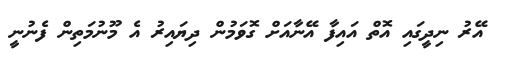
އޭރު ނިދީގައި އޮތް އައިފާ އޭނާއަށް ގޮވަމުން ދިޔައިރު އެ މޫނުމަތިން ފެނުނީ